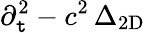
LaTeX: \partial_{\mathtt{t}}^{2}-c^{2}\, \Delta_{\mathrm{{2D}}}